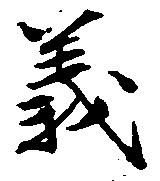
義